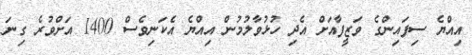
އިއްޔެ ސިފައިންގެ ވަޒީފާއަށް އެދި ހުޅުވާލުމުން އިއްޔެ އެކަނިވެސް 1400 އަށްވުރެ ގިނަ